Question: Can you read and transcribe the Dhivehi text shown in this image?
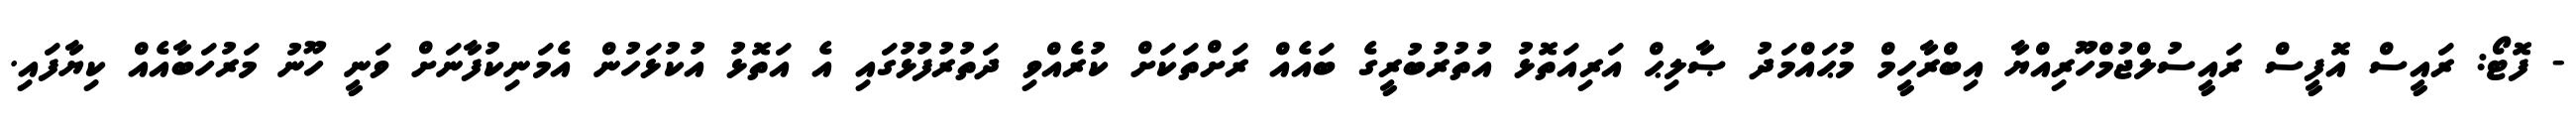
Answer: - ފޮޓޯ: ރައީސް އޮފީސް ރައީސުލްޖުމްހޫރިއްޔާ އިބްރާހީމް މުޙައްމަދު ޞާލިޙް އަރިއަތޮޅު އުތުރުބުރީގެ ބައެއް ރަށްތަކަށް ކުރެއްވި ދަތުރުފުޅުގައި އެ އަތޮޅު އުކުޅަހުން އެމަނިކުފާނަށް ވަނީ ހޫނު މަރުހަބާއެއް ކިޔާފައި.